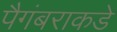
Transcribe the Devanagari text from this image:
पैगंबराकडे